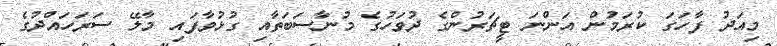
މިއަދު ފާހަގަ ކުރަމުން އަންނަ ޓީޗަރުންގެ ދުވަހުގެ މުނާސަބަތާއި ގުޅުވާފައި މާލޭ ސަރަހައްދުގެ